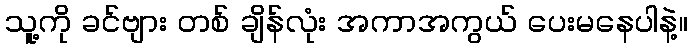
သူ့ကို ခင်ဗျား တစ် ချိန်လုံး အကာအကွယ် ပေးမနေပါနဲ့။